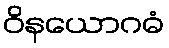
ဝိနယောဂဓံ